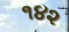
૧૪૨